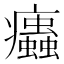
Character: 𤼖